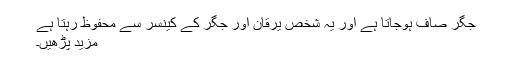
جگر صاف ہوجاتا ہے اور یہ شخص یرقان اور جگر کے کینسر سے محفوظ رہتا ہے
مزید پڑھیں۔